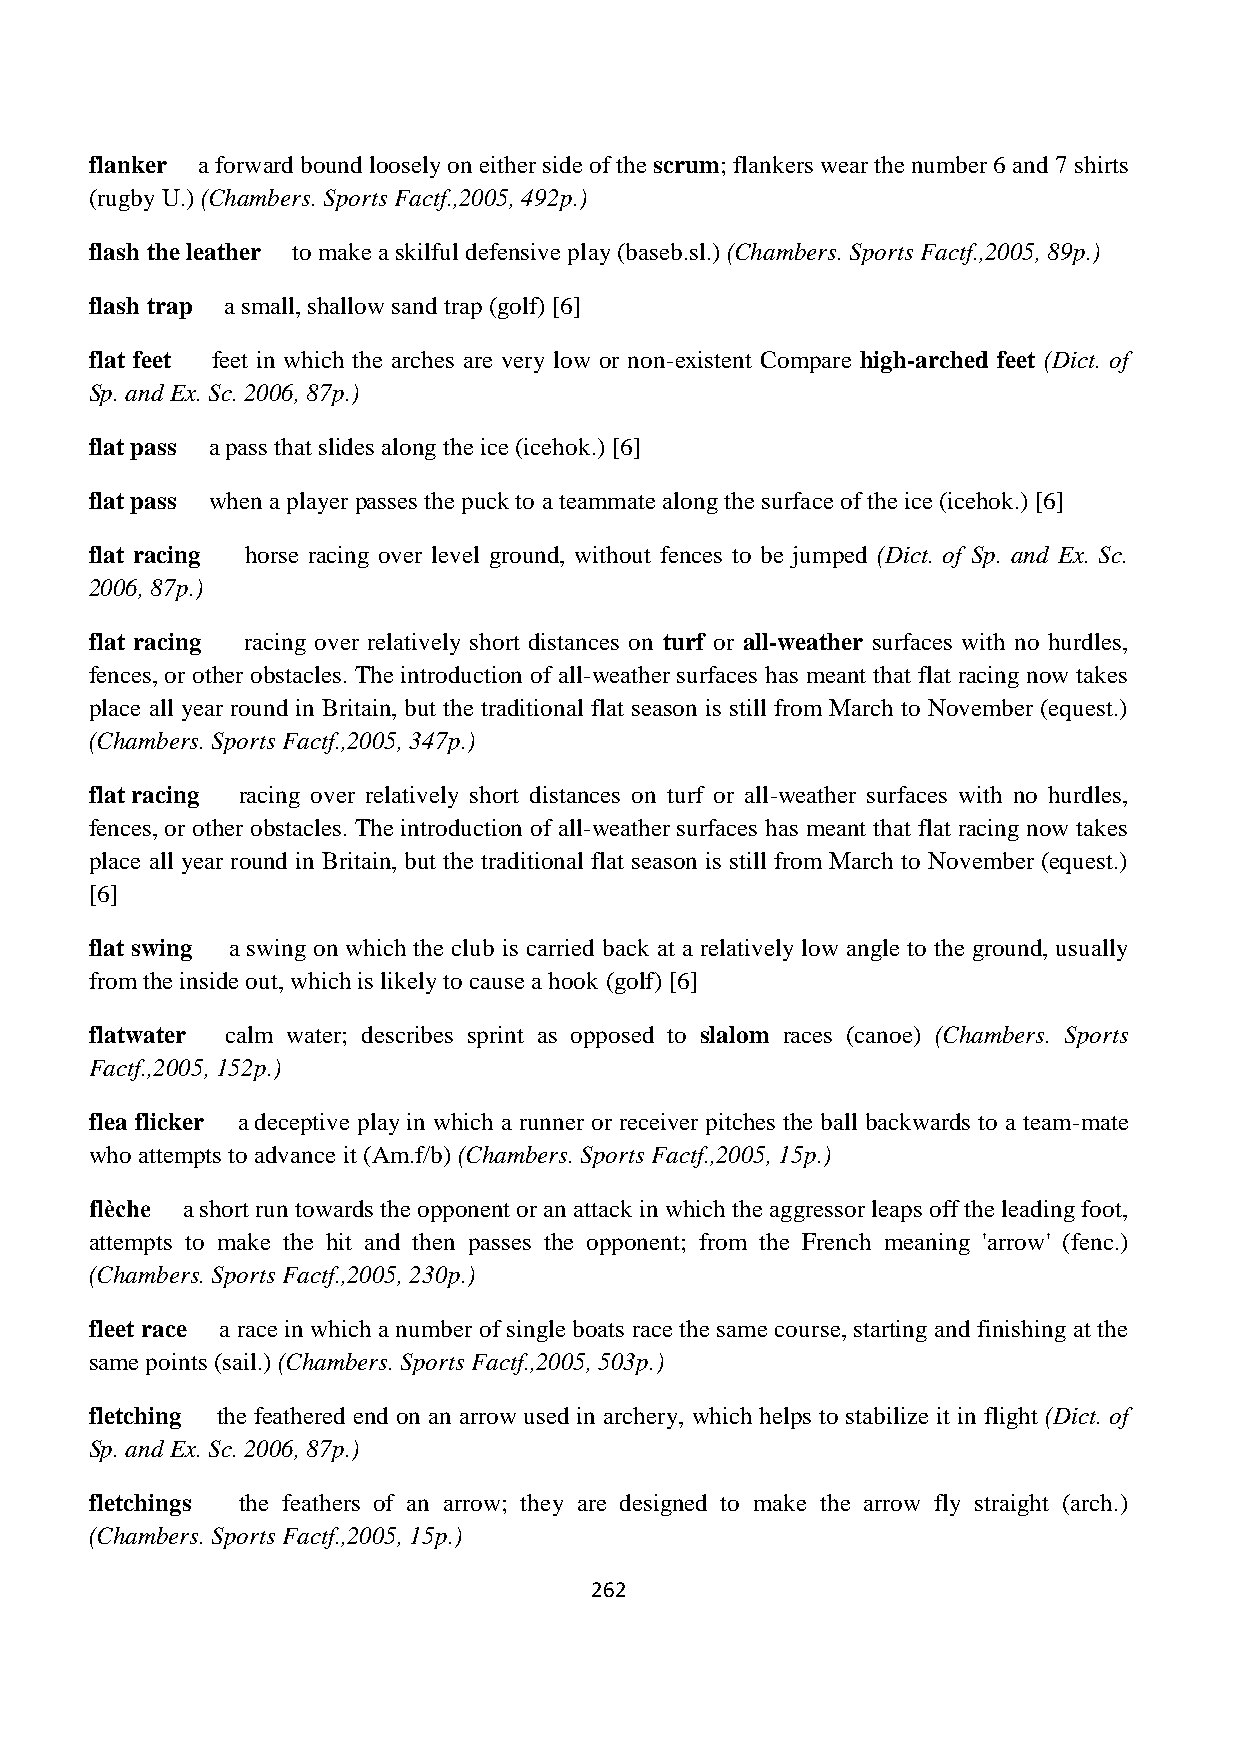
flanker a forward bound loosely on either side of the scrum; flankers wear the number 6 and 7 shirts
 (rugby U.) (Chambers. Sports Factf.,2005, 492p.)
 flash the leather to make a skilful defensive play (baseb.sl.) (Chambers. Sports Factf.,2005, 89p.)
 flash trap a small, shallow sand trap (golf) [6]
 flat feet feet in which the arches are very low or non-existent Compare high-arched feet (Dict. of
 Sp. and Ex. Sc. 2006, 87p.)
 flat pass a pass that slides along the ice (icehok.) [6]
 flat pass when a player passes the puck to a teammate along the surface of the ice (icehok.) [6]
 flat racing horse racing over level ground, without fences to be jumped (Dict. of Sp. and Ex. Sc.
 2006, 87p.)
 flat racing racing over relatively short distances on turf or all-weather surfaces with no hurdles,
 fences, or other obstacles. The introduction of all-weather surfaces has meant that flat racing now takes
 place all year round in Britain, but the traditional flat season is still from March to November (equest.)
 (Chambers. Sports Factf.,2005, 347p.)
 flat racing racing over relatively short distances on turf or all-weather surfaces with no hurdles,
 fences, or other obstacles. The introduction of all-weather surfaces has meant that flat racing now takes
 place all year round in Britain, but the traditional flat season is still from March to November (equest.)
 [6]
 flat swing a swing on which the club is carried back at a relatively low angle to the ground, usually
 from the inside out, which is likely to cause a hook (golf) [6]
 flatwater calm water; describes sprint as opposed to slalom races (canoe) (Chambers. Sports
 Factf.,2005, 152p.)
 flea flicker a deceptive play in which a runner or receiver pitches the ball backwards to a team-mate
 who attempts to advance it (Am.f/b) (Chambers. Sports Factf.,2005, 15p.)
 flèche a short run towards the opponent or an attack in which the aggressor leaps off the leading foot,
 attempts to make the hit and then passes the opponent; from the French meaning 'arrow' (fenc.)
 (Chambers. Sports Factf.,2005, 230p.)
 fleet race a race in which a number of single boats race the same course, starting and finishing at the
 same points (sail.) (Chambers. Sports Factf.,2005, 503p.)
 fletching the feathered end on an arrow used in archery, which helps to stabilize it in flight (Dict. of
 Sp. and Ex. Sc. 2006, 87p.)
 fletchings the feathers of an arrow; they are designed to make the arrow fly straight (arch.)
 (Chambers. Sports Factf.,2005, 15p.)
 262